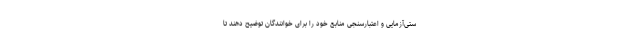
ستی‌آزمایی و اعتبارسنجی منابع خود را برای خوانندگان توضیح دهند تا